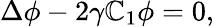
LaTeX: \Delta\phi-2\gamma\mathbb{C}_{1}\phi=0,